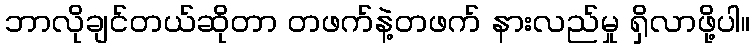
ဘာလိုချင်တယ်ဆိုတာ တဖက်နဲ့တဖက် နားလည်မှု ရှိလာဖို့ပါ။